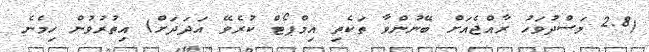
(2.8 މަސްދުވަހު ރާއްޖެއަށް ބޭނުންވާ ތަކެތި އިމްޕޯޓް ކުރެވޭ އަދަދަށް) އިތުރުވުން ހިމެނެ